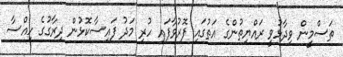
ތަސްމީން ވިދާޅުވީ ރައްޔިތުންގެ އަތުގައި ފޮރުވާފައި ހުރި މަދު ފައިސާކޮޅުން ދިރާގުގެ ހިއްސާ